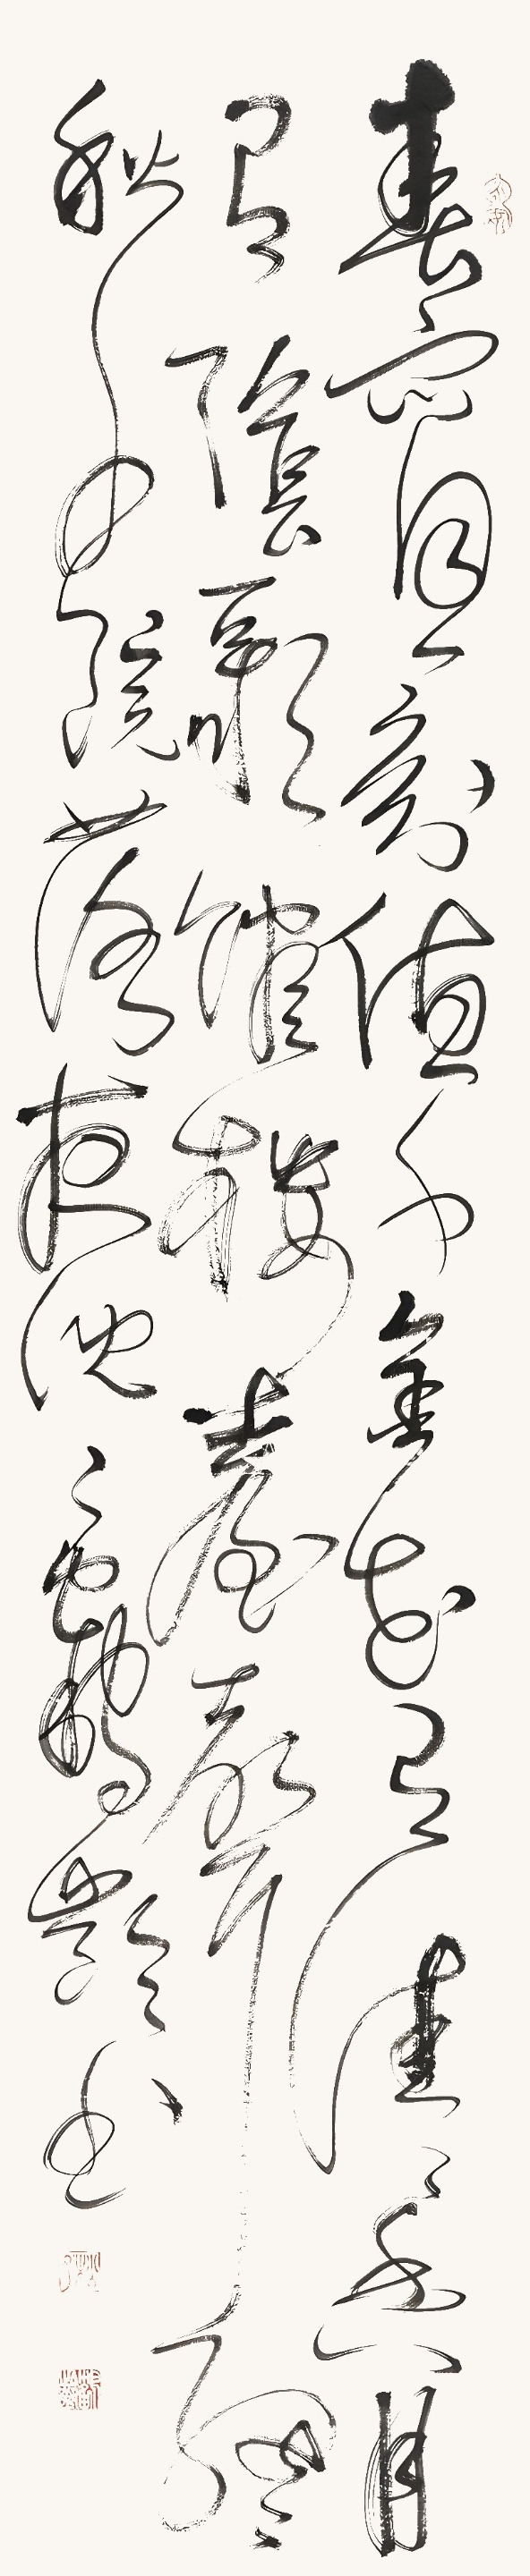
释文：春宵一刻值千金，花有清香月有阴。歌管楼台声细细，秋千院落夜沉沉。鹤龄书。